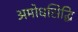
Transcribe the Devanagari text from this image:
अमोधसिद्धि